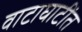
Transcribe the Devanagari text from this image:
वाटाघाटींत